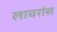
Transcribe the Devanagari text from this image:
लावरांस